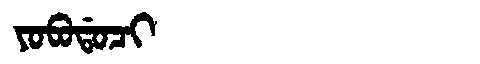
Manchu: ᠶᠣᠪᠣᡩᠣᠴᡳ
Romanization: YOBODOCI